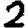
Digit: 2